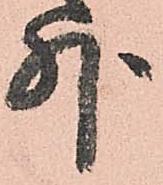
外